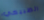
الطبيعي